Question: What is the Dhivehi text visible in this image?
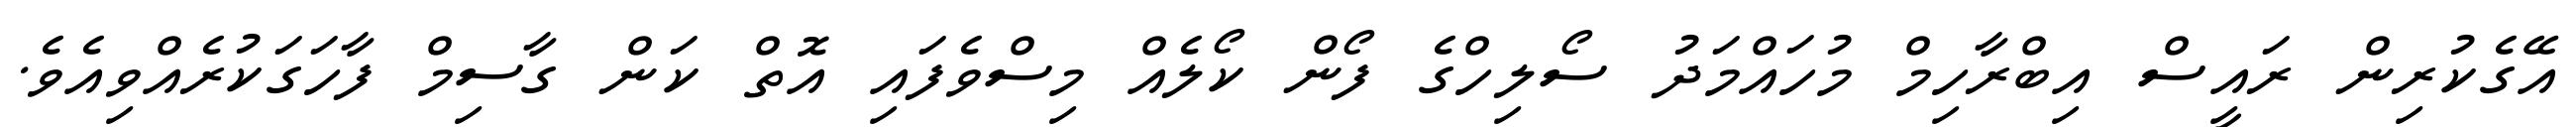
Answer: އޭގެކުރިން ރައީސް އިބްރާހިމް މުހައްމަދު ސޯލިހްގެ ފޯން ކޯލެއް މިސްވެފައި އޮތް ކަން ގާސިމް ފާހަގަކުރެއްވިއެވެ.